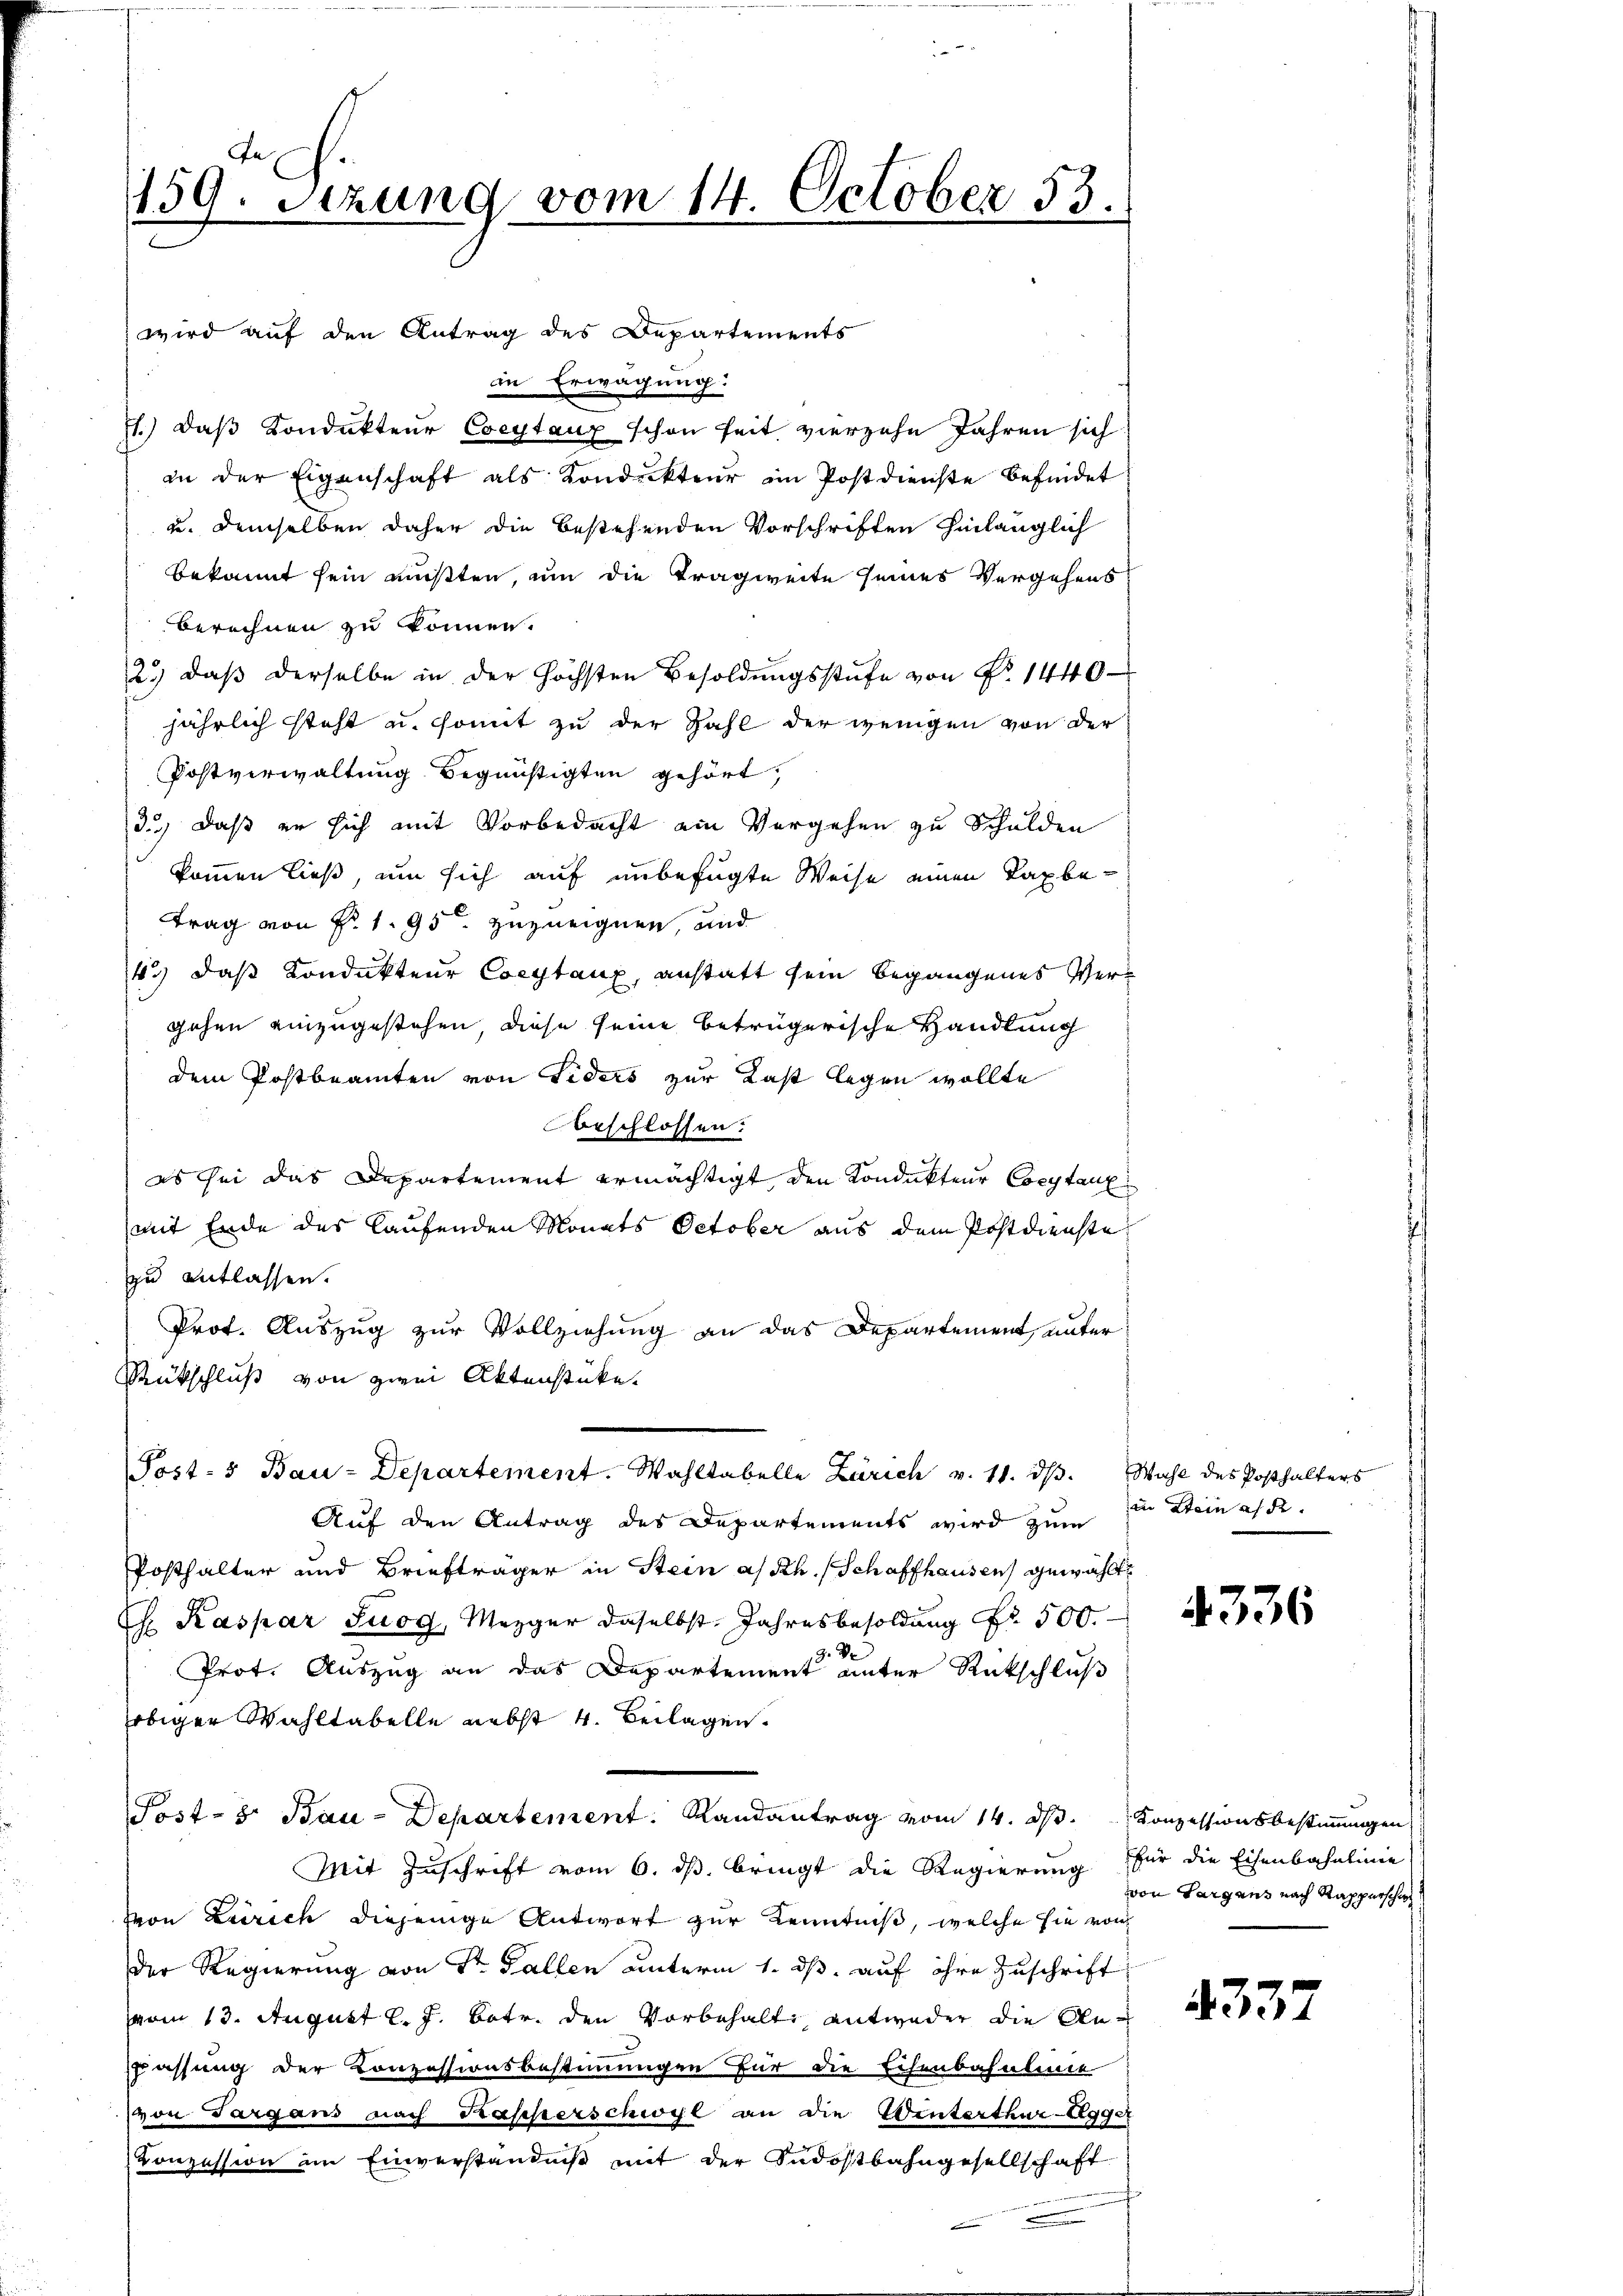
159. Setzung vom 14. October 83.

wird auf den Antrag des Departements
in Erwägung:
st.) daβ Kondukteŭr Coeytaux schon seit vierzehn Jahren sich
an der Eigenschaft als Kondukteur im Postdienste befindet
u. demselben daher die bestehenden Vorschriften hinlänglich
bekannt sein müßten, um die Tragweite seines Vergehens
berechnen zu können.
2.) daβ derselbe in der höchsten Besoldŭngsstufe von Nr. 1440
jährlich steht u. somit zu der Zahl der wenigen von der
Postverwaltung Begünstigten gehört,
3) daß er sich mit Vorbedacht ein Vergehen zu Schulden
kommen ließ, um sich auf unbefugte Weise einen Taxbetrag von P. 1. 95 zuzueignen, und
43) daß Kondukteur Coeytaux, anstatt sein begangenes Vergehen einzugestehen, diese seine betrügerische Handlung
dem Postbeamten von Fiders zur Last legen wollte
beschlossen:
es sei das Departement ermächtigt den Kondukteur Constanz
mit Ende des laufenden Monats October aus dem Postdienste
zu entlassen.
Prot. Auszug zur Vollziehung an das Departement, unter
Rückschluß von zwei Aktenstücke.
Post-5 Bau-Departement. Wahltabelle Zürich v. 11. ds. Wahl des Posthalters
Auf den Antrag des Departements wird zum
Posthalter und Briefträger in Stein a/Rh. (Schaffhausen gewählte
Ch. Kaspar Suog, Mezger daselbst. Jahresbesoldung Nr. 500.
Prot. Auszug an das Departement unter Rückschluß
obiger Wahltabelle nebst 4. Beilagen.
Post- 8. Bau-Departement. Randantrag vom 14. d. Konzessionsbestimmungen
Mit Zuschrift vom 6. ds. bringt die Regierung für die Eisenbahnlinie
von Zürich diejenige Antwort zur Kenntniß, welche sie von
der Regierung von Sr. Fallen unterm 1. ds. auf ihre Zuschrift
vom 13. August l. J. betr. den Vorbehalte entweder die Anpassung der Konzessionsbestimmungen für die Eisenbahnlinie
von Targans nach Kascherschwyl an die Winterthur-Egger
Konzession im Einverständniß mit der Südostbahngesellschaft

in Stein a/d.

4336

von Sargens nach Rapperschie

337